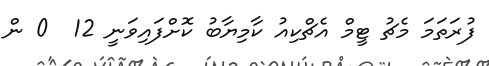
ފުރަތަމަ މެޗު ޓީމް އެޗްކިއު ކާމިޔާބު ކޮށްފައިވަނީ 12  0 ން